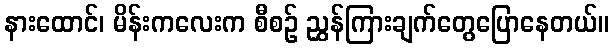
နားထောင်၊ မိန်းကလေးက စီစဉ် ညွှန်ကြားချက်တွေပြောနေတယ်။